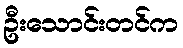
ဦးသောင်းတင်က